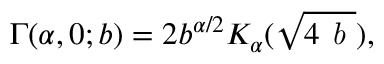
\begin{array} { r } { \Gamma ( \alpha , 0 ; b ) = 2 b ^ { \alpha / 2 } K _ { \alpha } ( \sqrt { 4 \emph { b } } ) , } \end{array}